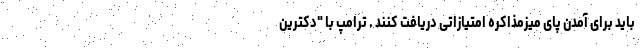
باید برای آمدن پای میزمذاکره امتیازاتی دریافت کنند . ترامپ با "دکترین